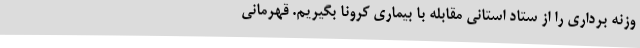
وزنه برداری را از ستاد استانی مقابله با بیماری کرونا بگیریم. قهرمانی